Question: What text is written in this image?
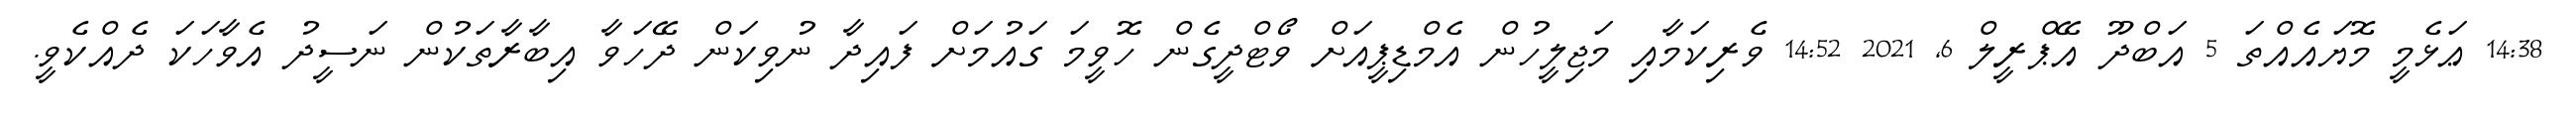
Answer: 14:38 ޢަޅެމީ މޮޔައެއްތަ 5 އަބްދޫ އޭޕްރީލް 6, 2021 14:52 ވެރިކަމާއި މަޖިލީހުން އެމްޑިޕީއަށް ވޯޓްދީގެން ހޮވީމަ ގައުމަށް ފައިދާ ނުވިކަން ދޭހަވާ އިބާރާތަކުން ނަސީދު އެވާހަކަ ދެއްކެވީ.